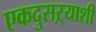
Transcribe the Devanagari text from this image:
एकदुसऱ्याशी